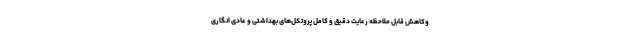
وکاهش قابل ملاحظه رعایت دقیق و کامل پروتکل‌های بهداشتی و عادی انگاری